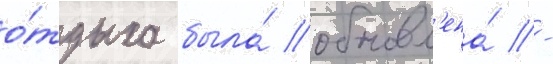
о́тдыха была́ обновл'ена́ -